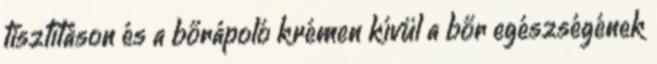
tisztításon és a bőrápoló krémen kívül a bőr egészségének